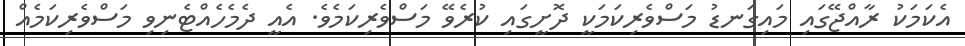
އެކަމަކު ރާއްޖޭގައި މައިގަނޑު މަސްވެރިކަމަކީ ދޮށީގައި ކުރެވޭ މަސްވެރިކަމެވެ. އެއީ ދެމެހެއްޓެނިވި މަސްވެރިކަމެއް